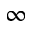
\infty